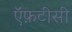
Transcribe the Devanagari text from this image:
ऍफ़टीसी